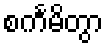
စင်္ကမိတွာ